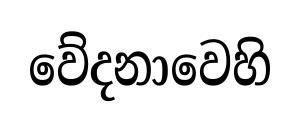
වේදනාවෙහි